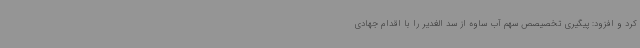
کرد و افزود: پیگیری تخصیصص سهم آب ساوه از سد الغدیر را با اقدام جهادی